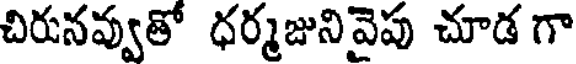
చిరునవ్వుతో ధర్మజునివెపు చూడ గా